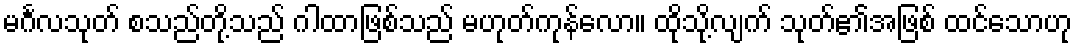
မင်္ဂလသုတ် စသည်တို့သည် ဂါထာဖြစ်သည် မဟုတ်ကုန်လော။ ထိုသို့လျက် သုတ်၏အဖြစ် ထင်သောဟု